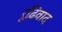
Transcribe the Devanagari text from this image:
रूढ़िवाद